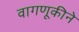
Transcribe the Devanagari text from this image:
वागणूकीने